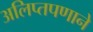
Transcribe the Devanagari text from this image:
अलिप्तपणाने